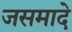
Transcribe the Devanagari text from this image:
जसमादे